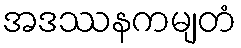
အဒဿနကမျတံ